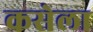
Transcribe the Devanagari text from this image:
कसेला